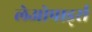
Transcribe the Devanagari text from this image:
लेओपार्ड्स